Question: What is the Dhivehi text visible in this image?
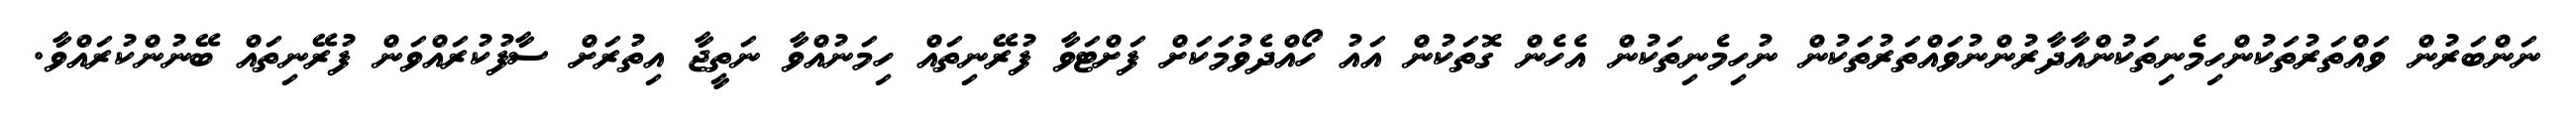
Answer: ނަންބަރުން ވައްތަރުތަކުންހިމެނިތަކުންއާދާރުންނުވައްތަރުތަކުން ނުހިމެނިތަކުން އެހެން ގޮތަކުން އައު ހޯއްދެވުމަކަށް ފަށްޓަވާ ފުރޭނިތައް ހިމަނުއްވާ ނަތީޖާ އިތުރަށް ސާފުކުރައްވަން ފުރޭނިތައް ބޭނުންކުރައްވާ.